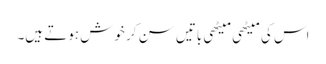
اس کی میٹھی میٹھی باتیں سن کر خوش ہوتے ہیں۔